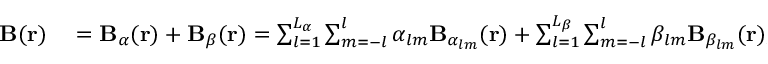
\begin{array} { r l } { \mathbf { B } ( \mathbf { r } ) } & { { } = \mathbf { B } _ { \alpha } ( \mathbf { r } ) + \mathbf { B } _ { \beta } ( \mathbf { r } ) = \sum _ { l = 1 } ^ { L _ { \alpha } } \sum _ { m = - l } ^ { l } \alpha _ { l m } \mathbf { B } _ { \alpha _ { l m } } ( \mathbf { r } ) + \sum _ { l = 1 } ^ { L _ { \beta } } \sum _ { m = - l } ^ { l } \beta _ { l m } \mathbf { B } _ { \beta _ { l m } } ( \mathbf { r } ) , } \end{array}